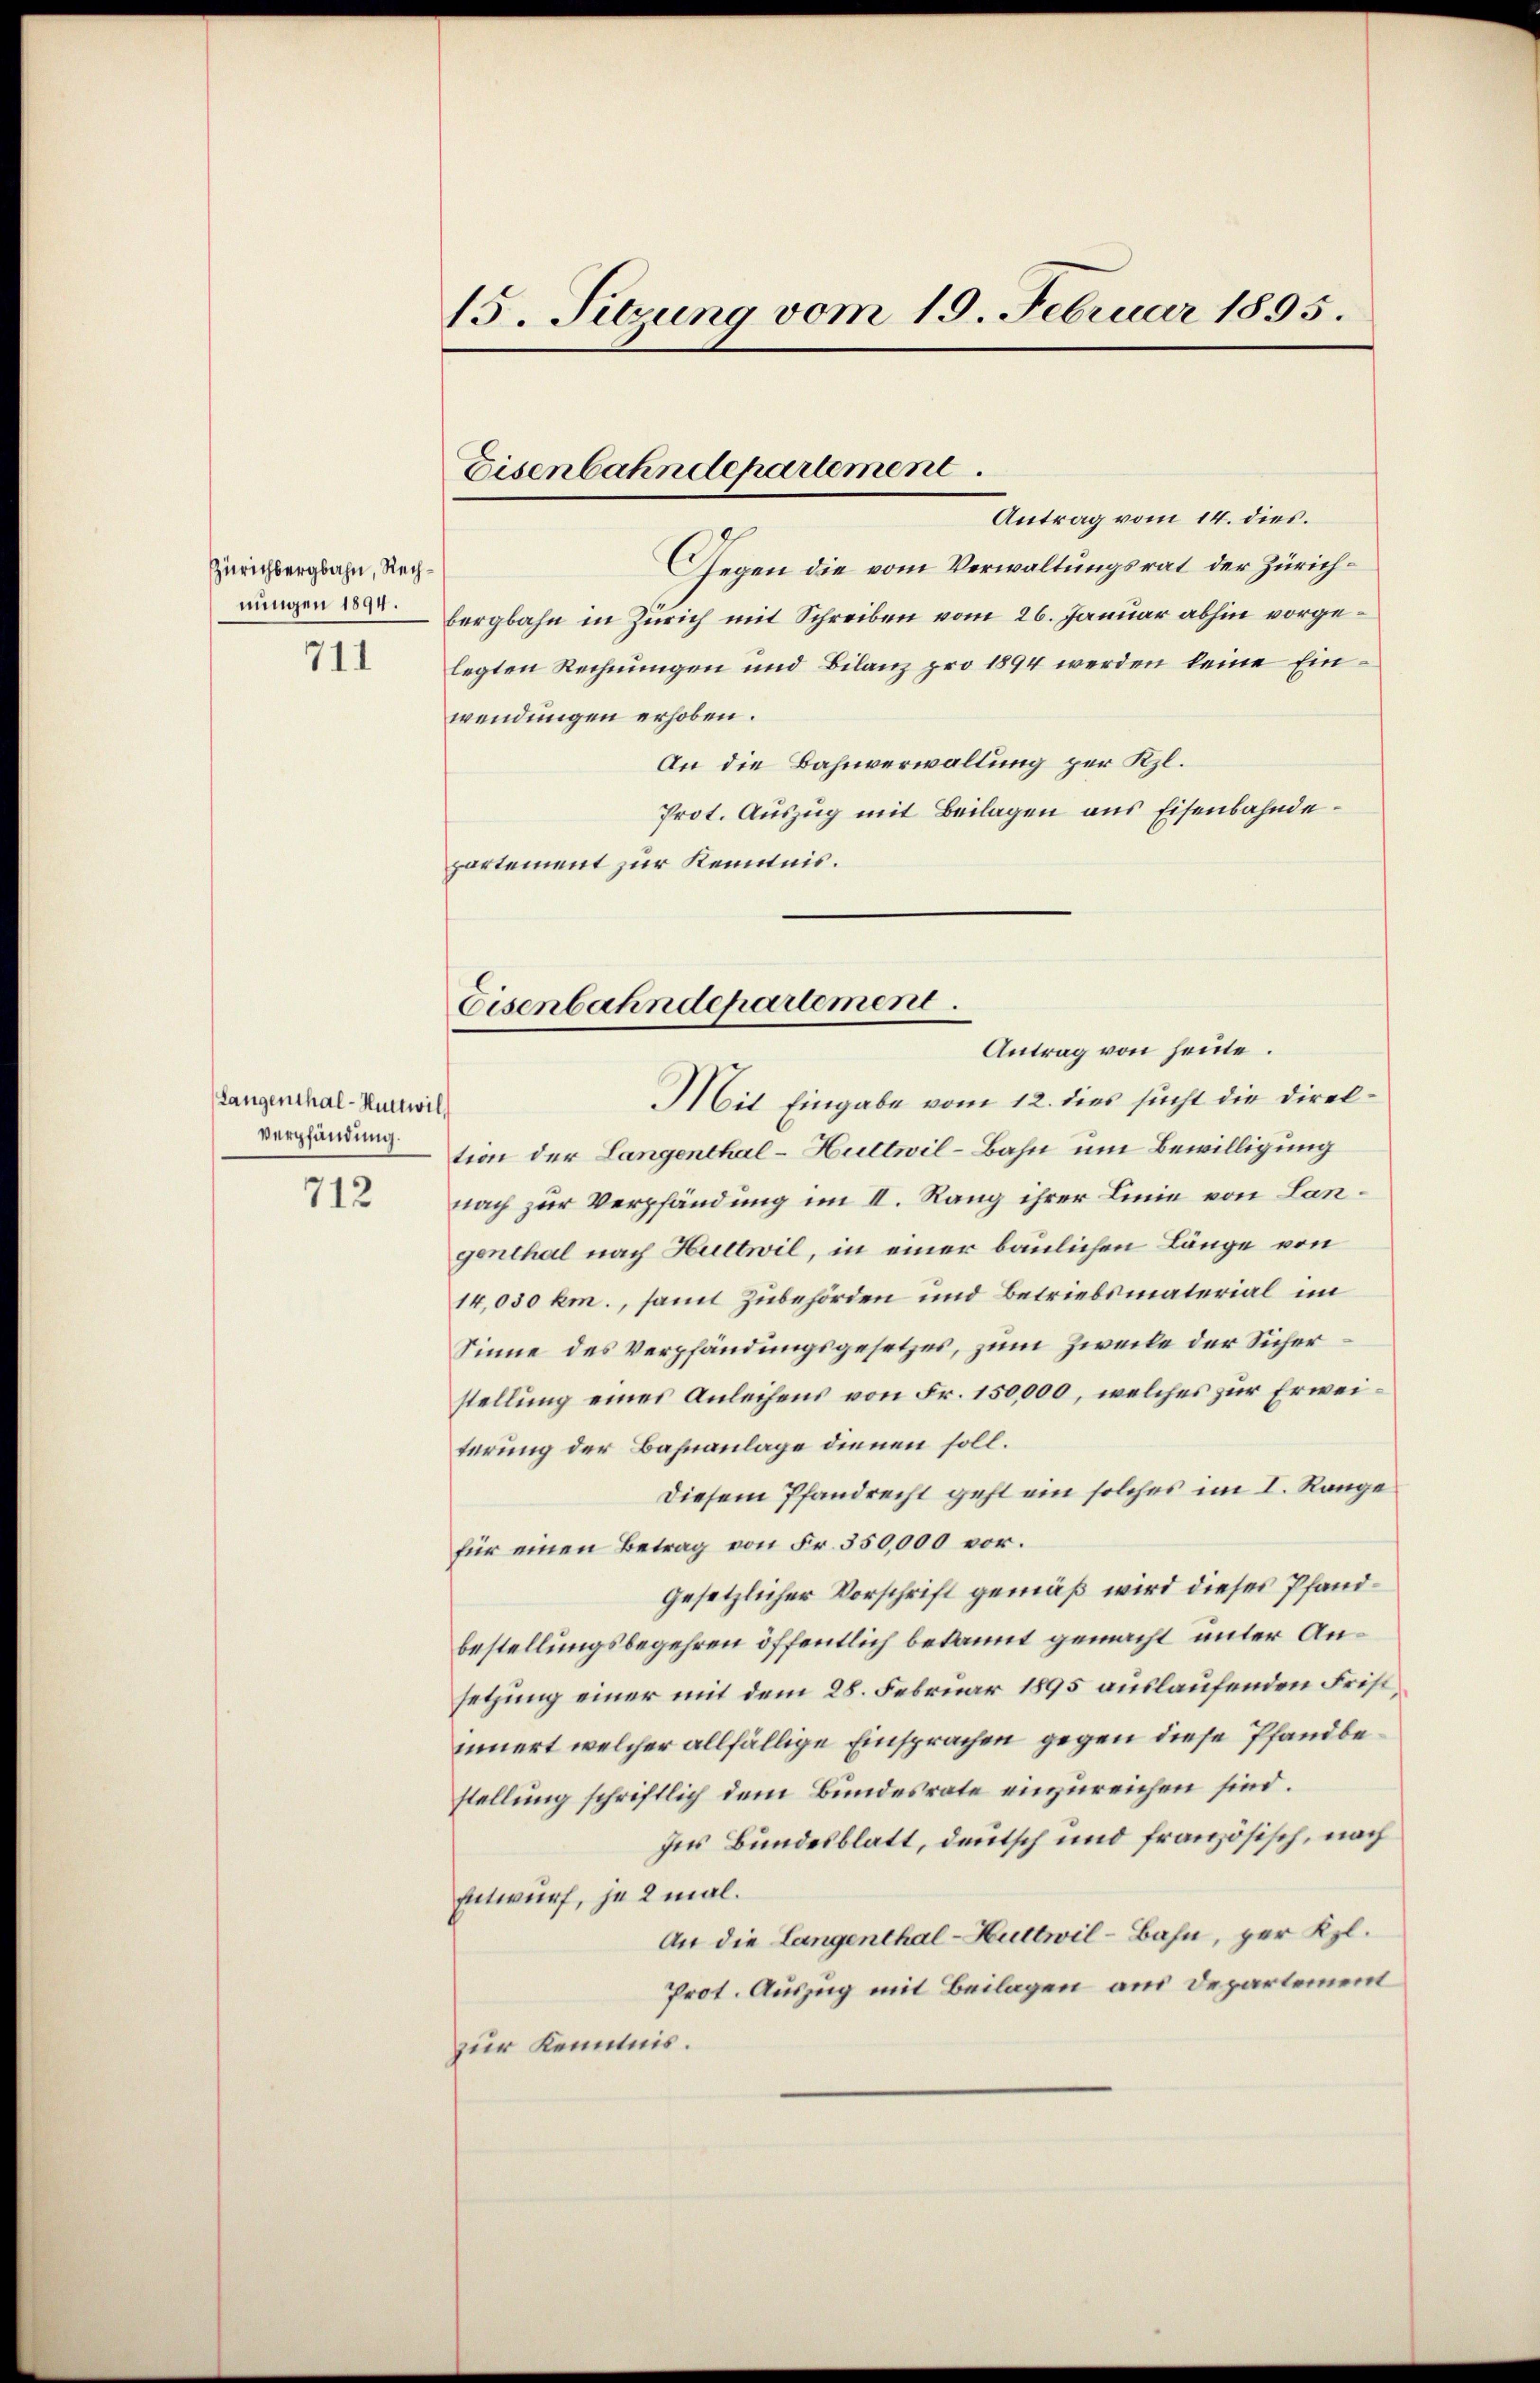
Zürichbergbahn, Rechnungen 1894.
711.

Langenthal-Huttwil
verpfändung.

712

15. Sitzung vom 19. Februar 1895.

Antrag vom 14. dies.
Gegen die vom Verwaltungsrat der Zürichbergbahn in Zürich mit Schreiben vom 26. Januar abhin vorgelegten Rechnungen und Bilanz pro 1894 werden keine Einwendungen erhoben.
An die Bahnverwaltung per Kl.
Prot. Auszug mit Beilagen aus Eisenbahndepartement zur Kenntnis.

Eisenbahndepartement.

tion der Langenthal - Hultwil-Bahn um Bewilligung
nach zur Verpfändung im II. Rang ihrer Linie von Langenthal nach Hultwil, in einer baulichen Länge von
14,030 km., samt Zubehörden und Betriebsmaterial im
Sinne des Verpfändungsgesetzes, zum Zweile der Sicherstellung eines Anleihens von Fr. 150,000, welches zur Erweiterung der Bahnanlage dienen soll.
Diesem Pfandrecht geht ein solches im I. Range
für einen Betrag von Fr. 350,000 vor.
gesetzlicher Vorschrift gemäß wird dieses Pfandbestellungsbegehren öffentlich bekannt gemacht unter Ansetzung einer mit dem 28. Februar 1895 auslaufenden Fristinnert welcher allfällige Einsprachen gegen diese Pfandbestellung schriftlich dem Bundesrate einzureichen sind.
Ins Bundesblatt, deutsch und französisch, nach
Entwurf, je 2 mal.
An die Langenthal-Huttwil-Bahn, per Kl.
Prot. Auszug mit Beilagen aus Departement
zur Kenntnis.

Eisenbahndepartement.
Antrag von heute.
Mit Eingabe vom 12. dies sucht die Direk¬